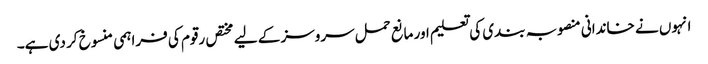
انہوں نے خاندانی منصوبہ بندی کی تعلیم اور مانع حمل سروسز کے لیے مختص رقوم کی فراہمی منسوخ کر دی ہے۔